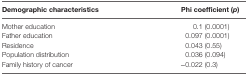
<table><thead><tr><td><b>Demographic characteristics</b></td><td><b>Phi coefficient (<i>p</i>)</b></td></tr></thead><tbody><tr><td>Mother education</td><td>0.1 (0.0001)</td></tr><tr><td>Father education</td><td>0.097 (0.0001)</td></tr><tr><td>Residence</td><td>0.043 (0.55)</td></tr><tr><td>Population distribution</td><td>0.036 (0.094)</td></tr><tr><td>Family history of cancer</td><td>−0.022 (0.3)</td></tr></tbody></table>